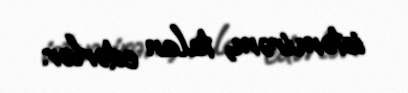
istəmirəm, talan edərlər.